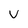
Character: U